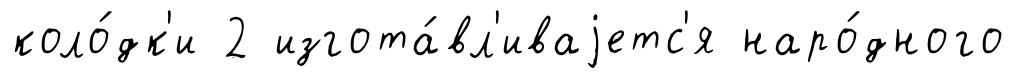
коло́дк'и 2 изгота́вл'иваjетс'я наро́дного